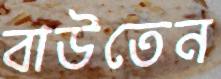
বাউতেন